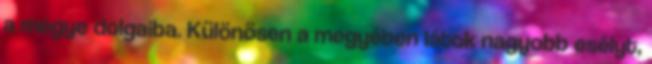
a megye dolgaiba. Különösen a megyében látok nagyobb esélyt,